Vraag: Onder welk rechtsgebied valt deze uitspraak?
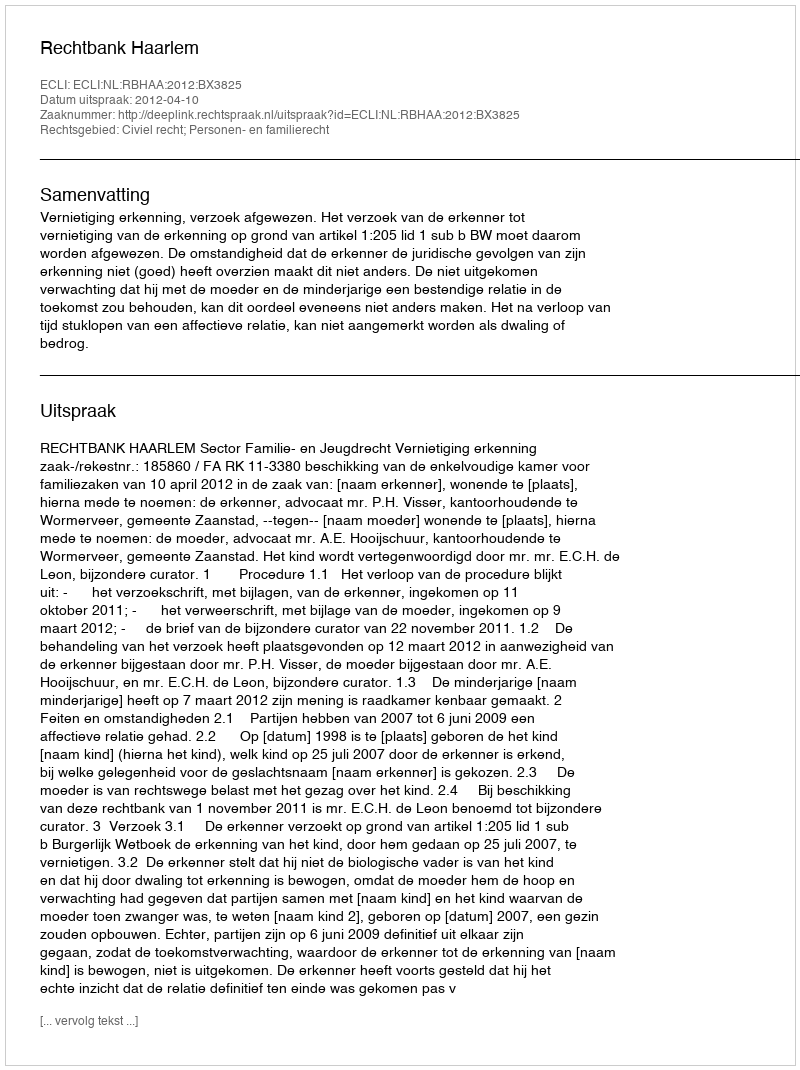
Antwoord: Civiel recht; Personen- en familierecht